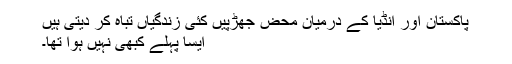
پاکستان اور انڈیا کے درمیان محض جھڑپیں کئی زندگیاں تباہ کر دیتی ہیں
ایسا پہلے کبھی نہیں ہوا تھا۔